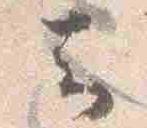
云